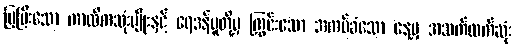
ပြပြီးသော ကာလိကသုံးမျိုးနှင့် ရေဒန်ပူတို့မှ ကြွင်းသော အကပ်ခံသော နေ့မှ အသက်ထက်ဆုံး